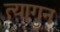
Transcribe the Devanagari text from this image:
त्यागुन